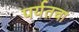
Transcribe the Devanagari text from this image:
पर्यतचा